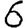
Digit: 6